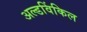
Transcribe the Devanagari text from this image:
अल्डविंकिल